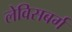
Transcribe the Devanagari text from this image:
लेविसबर्ग